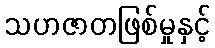
သဟဇာတဖြစ်မှုနှင့်